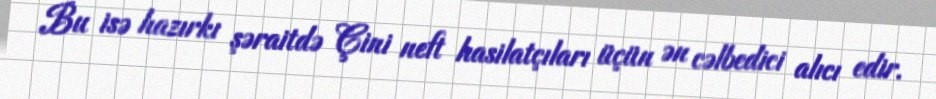
Bu isə hazırkı şəraitdə Çini neft hasilatçıları üçün ən cəlbedici alıcı edir.